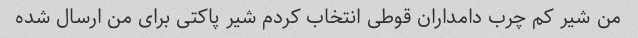
من شیر کم چرب دامداران قوطی انتخاب کردم شیر پاکتی برای من ارسال شده